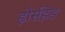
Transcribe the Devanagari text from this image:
होर्सहेड